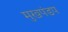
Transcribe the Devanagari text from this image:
मुखपंडप